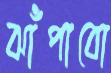
ঝাঁপাবো